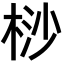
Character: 桫